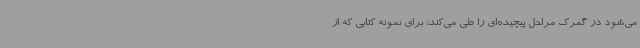
می‌شود در گمرک مراحل پیچیده‌ای را طی می‌کند؛ برای نمونه کتابی که از